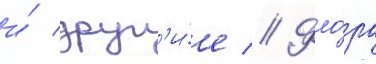
и́ друг'и́е // Фло́ра